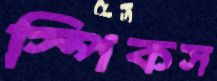
স্পিকস